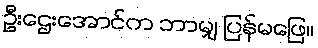
ဦးဌေးအောင်က ဘာမျှ ပြန်မဖြေ။